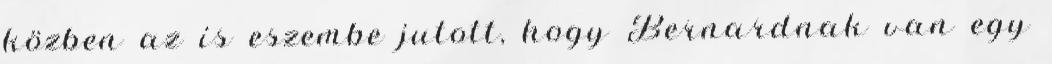
közben az is eszembe jutott, hogy Bernardnak van egy